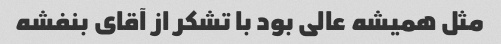
مثل همیشه عالی بود با تشکر از آقای بنفشه